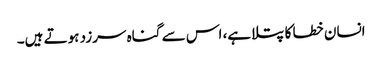
انسان خطا کا پتلا ہے، اس سے گناہ سرزد ہوتے ہیں۔